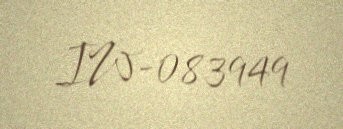
IW-083949